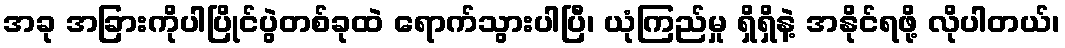
အခု အခြားကိုပါပြိုင်ပွဲတစ်ခုထဲ ရောက်သွားပါပြီ၊ ယုံကြည်မှု ရှိရှိနဲ့ အနိုင်ရဖို့ လိုပါတယ်၊